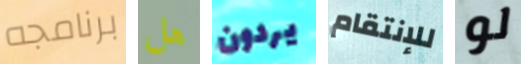
برنامجه هل يردون للإنتقام لو